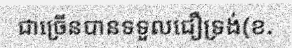
ជាច្រើនបានទទួលជឿទ្រង់(ខ.